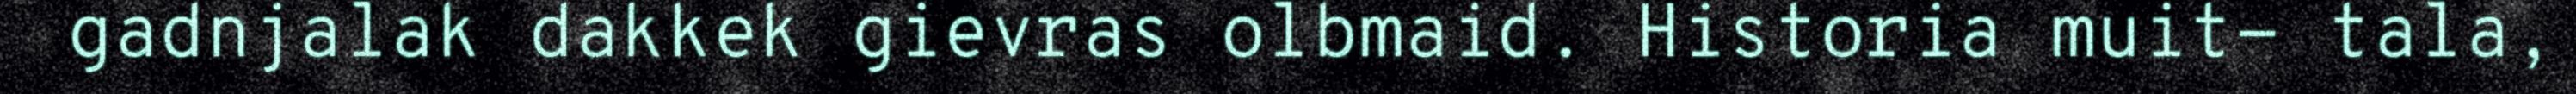
gadnjalak dakkek gievras olbmaid. Historia muit- tala,